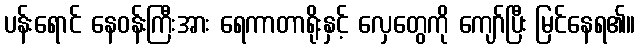
ပန်းရောင် နေဝန်းကြီးအား ရေကာတာရိုးနှင့် လှေတွေကို ကျော်ပြီး မြင်နေရ၏။